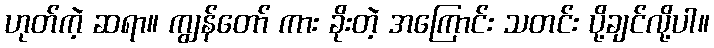
ဟုတ်ကဲ့ ဆရာ။ ကျွန်တော် ကား ခိုးတဲ့ အကြောင်း သတင်း ပို့ချင်လို့ပါ။